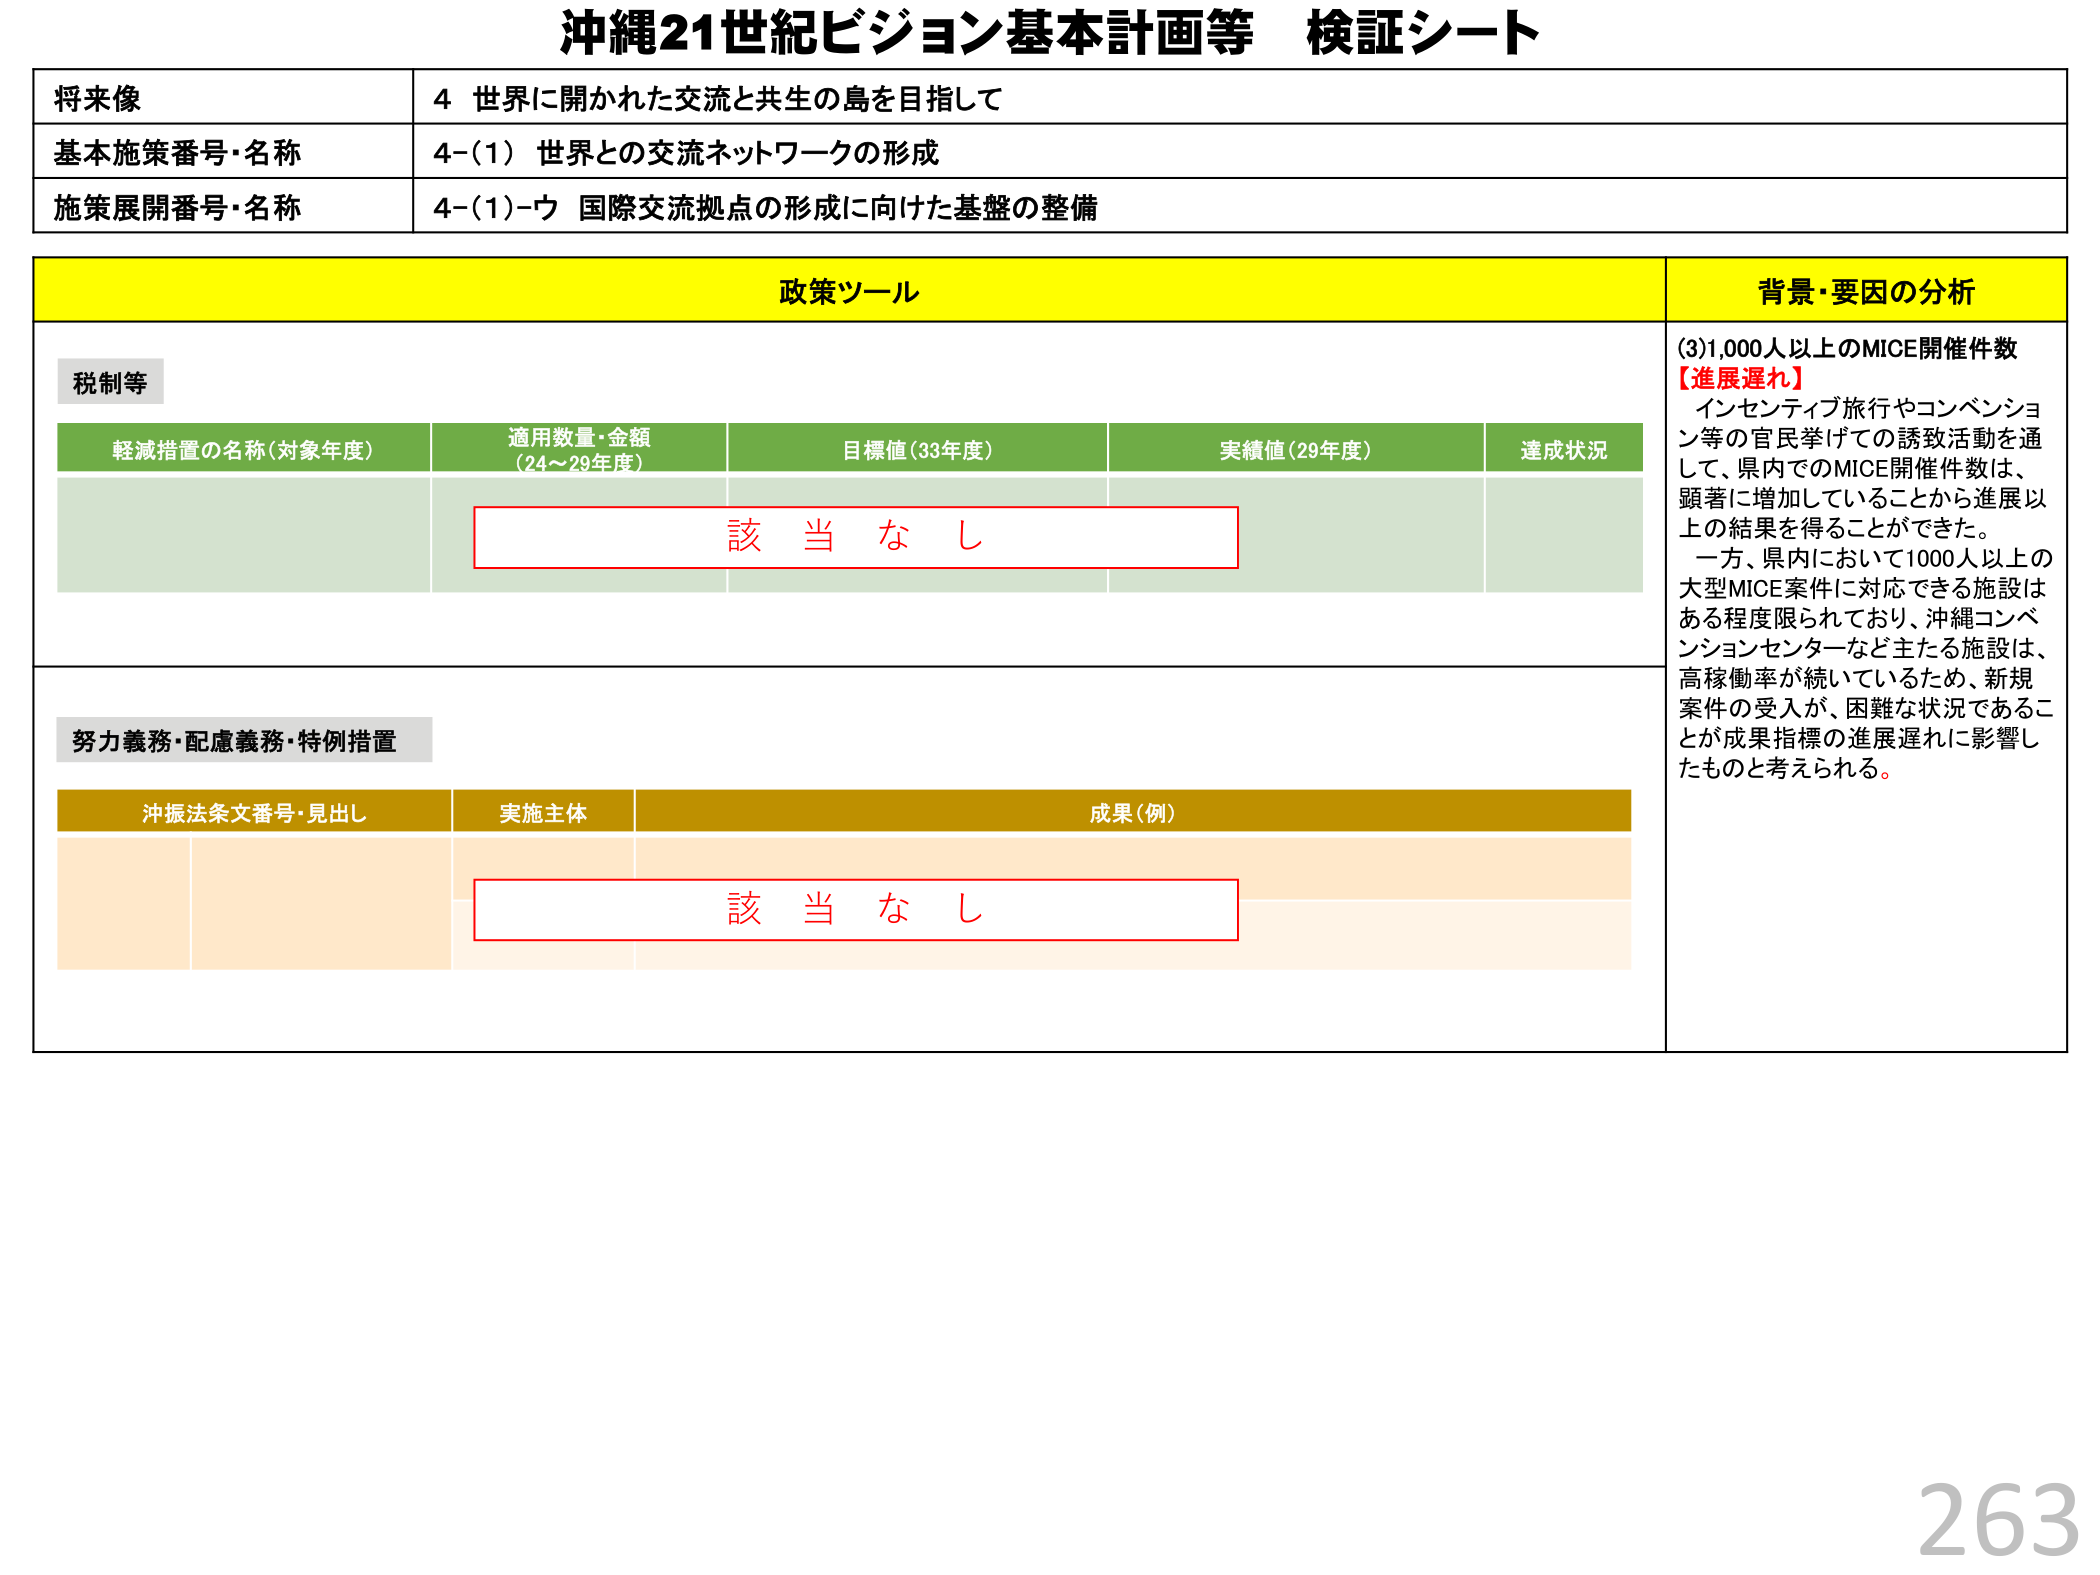
沖縄21世紀ビジョン基本計画等 検証シート

将来像 4 世界に開かれた交流と共生の島を目指して
基本施策番号・名称 4-(1) 世界との交流ネットワークの形成
施策展開番号・名称 4-(1)-ウ 国際交流拠点の形成に向けた基盤の整備

政策ツール 背景・要因の分析

税制等
軽減措置の名称（対象年度） 適用数量・金額（24～29年度） 目標値（33年度） 実績値（29年度） 達成状況
該 当 な し

努力義務・配慮義務・特例措置
沖振法条文番号・見出し 実施主体 成果（例）
該 当 な し

(3)1,000人以上のMICE開催件数
【進展遅れ】
インセンティブ旅行やコンベンション等の官民挙げての誘致活動を通して、県内でのMICE開催件数は、顕著に増加していることから進展以上の結果を得ることができた。
一方、県内において1000人以上の大型MICE案件に対応できる施設はある程度限られており、沖縄コンベンションセンターなど主たる施設は、高稼働率が続いているため、新規案件の受入が、困難な状況であることが成果指標の進展遅れに影響したものと考えられる。

263